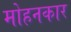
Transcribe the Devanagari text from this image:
मोहनकार